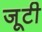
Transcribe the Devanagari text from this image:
जूटी